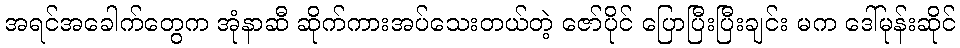
အရင်အခေါက်တွေက အုံနာဆီ ဆိုက်ကားအပ်သေးတယ်တဲ့ ဇော်ပိုင် ပြောပြီးပြီးချင်း မက ဒေါ်မုန်းဆိုင်